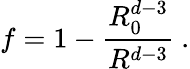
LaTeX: f=1-\frac{R_{0}^{d-3}}{R^{d-3}}\ .